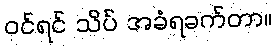
ဝင်ရင် သိပ် အခံရခက်တာ။